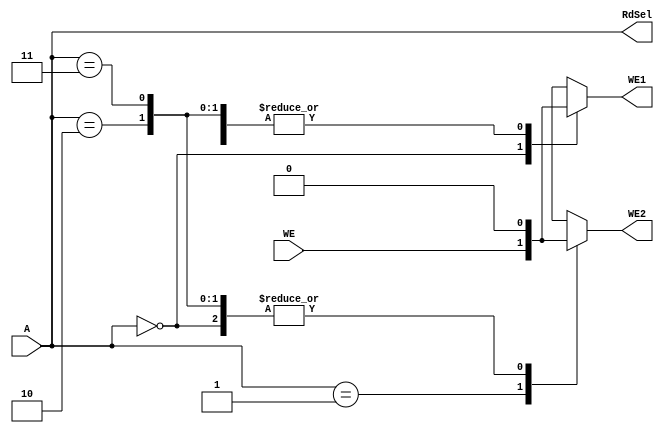
module fact_ad(
    input   wire [1:0]  A,
    input   wire        WE,
    output  reg         WE1,
    output  reg         WE2,
    output  reg [1:0]  RdSel
    );
    
always @ (A or WE) begin
    case (A)
        2'b00: begin
            WE1 = WE;
            WE2 = 1'b0;
        end
        2'b01: begin
            WE1 = 1'b0;
            WE2 = WE;
        end
        2'b10: begin
            WE1 = 1'b0;
            WE2 = 1'b0;
        end
        2'b11: begin
            WE1 = 1'b0;
            WE2 = 1'b0;
        end
        
        default: begin
            WE1 = 1'b0;
            WE2 = 1'b0;
        end
        
     endcase
 RdSel = A;
end
      
endmodule